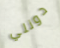
دونلي